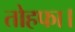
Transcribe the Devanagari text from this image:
तोहफा।